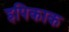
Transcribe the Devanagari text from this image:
इपिकाक